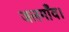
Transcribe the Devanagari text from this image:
जलगाँव।